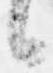
候